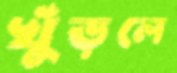
খুঁড়লে